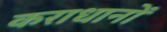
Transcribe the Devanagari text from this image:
कराधानों